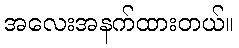
အလေးအနက်ထားတယ်။